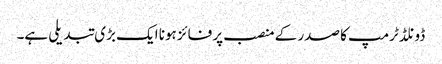
ڈونلڈ ٹرمپ کا صدر کے منصب پر فائز ہونا ایک بڑی تبدیلی ہے۔